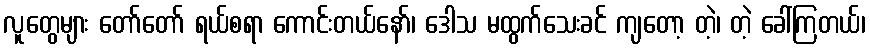
လူတွေများ တော်တော် ရယ်စရာ ကောင်းတယ်နော်၊ ဒေါသ မထွက်သေးခင် ကျတော့ တဲ့၊ တဲ့ ခေါ်ကြတယ်၊